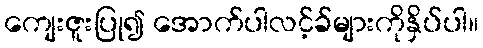
ကျေးဇူးပြု၍ အောက်ပါလင့်ခ်များကိုနှိပ်ပါ။